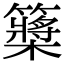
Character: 𥷃